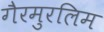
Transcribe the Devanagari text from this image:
गैरमुरलिम